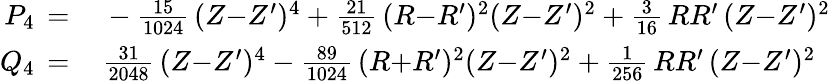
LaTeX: \begin{array}{rl}{P_{4}\, =\, }&{{}-\frac{15}{1024}\, (Z{-}Z^{\prime})^{4}+\frac{21}{512}\, (R{-}R^{\prime})^{2}(Z{-}Z^{\prime})^{2}+\frac{3}{16}\, RR^{\prime}\, (Z{-}Z^{\prime})^{2}}\\ {Q_{4}\, =\, }&{{}\frac{31}{2048}\, (Z{-}Z^{\prime})^{4}-\frac{89}{1024}\, (R{+}R^{\prime})^{2}(Z{-}Z^{\prime})^{2}+\frac{1}{256}\, RR^{\prime}\, (Z{-}Z^{\prime})^{2}}\end{array}